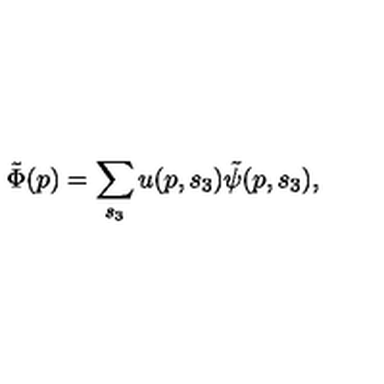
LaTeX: \tilde { \Phi } ( p ) = \sum _ { s _ { 3 } } u ( p , s _ { 3 } ) \tilde { \psi } ( p , s _ { 3 } ) , \,